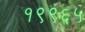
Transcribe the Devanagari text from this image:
१९९६५